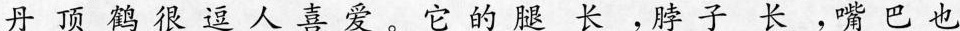
丹顶鹤很逗人喜爱。它的腿长，脖子长，嘴巴也